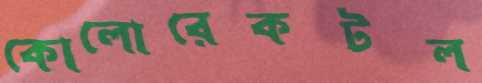
কোলোরেকটল